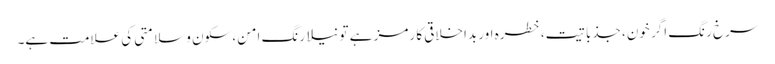
سرخ رنگ اگر خون، جذباتیت، خطرہ اور بداخلاقی کا رمز ہے تو نیلا رنگ امن، سکون و سلامتی کی علامت ہے۔